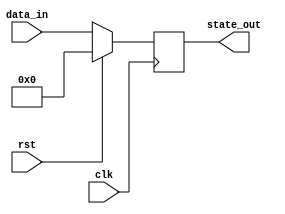
module synchronous_reset_block (
    input wire clk,          // Clock signal
    input wire rst,          // Active-high reset signal
    input wire [7:0] data_in, // Example data input (8 bits)
    output reg [7:0] state_out // Example state output (8 bits)
);

// Initial state
initial begin
    state_out = 8'b00000000; // Define initial state
end

// Synchronous reset and state update logic
always @(posedge clk) begin
    if (rst) begin
        // Reset the state to predefined value
        state_out <= 8'b00000000; // Reset state
    end else begin
        // Normal operation: Update state based on data input
        state_out <= data_in; // Example operation: pass data input to state output
    end
end

endmodule